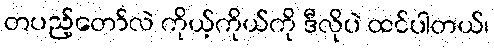
တပည့်တော်လဲ ကိုယ့်ကိုယ်ကို ဒီလိုပဲ ထင်ပါတယ်၊